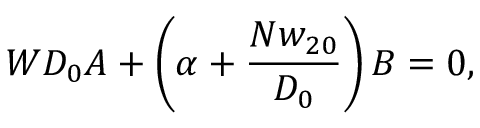
W D _ { 0 } A + \left( \alpha + \frac { N w _ { 2 0 } } { D _ { 0 } } \right) B = 0 ,